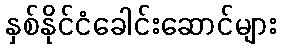
နှစ်နိုင်ငံခေါင်းဆောင်များ